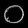
Digit: ၀